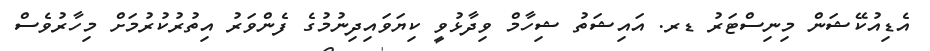
އެޑިއުކޭޝަން މިނިސްޓަރު ޑރ. އައިޝަތު ޝިހާމް ވިދާޅުވީ ކިޔަވައިދިނުމުގެ ފެންވަރު އިތުރުކުރުމަށް މިހާރުވެސް